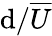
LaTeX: \mathrm{d}/\overline{{{U}}}